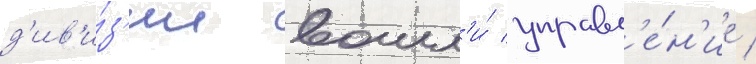
д'ив'и́з'ии вошл'и́ управл'е́н'ие /